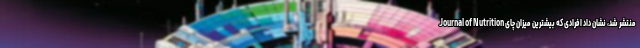
Journal of Nutrition منتشر شد، نشان داد افرادی که بیشترین میزان چای